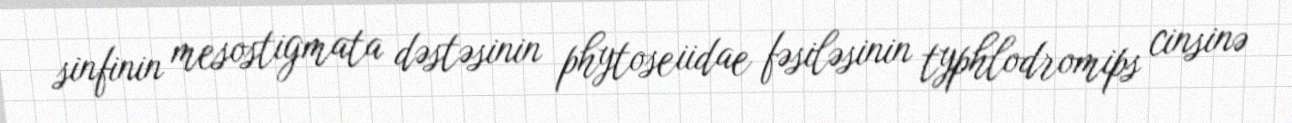
sinfinin mesostigmata dəstəsinin phytoseiidae fəsiləsinin typhlodromips cinsinə